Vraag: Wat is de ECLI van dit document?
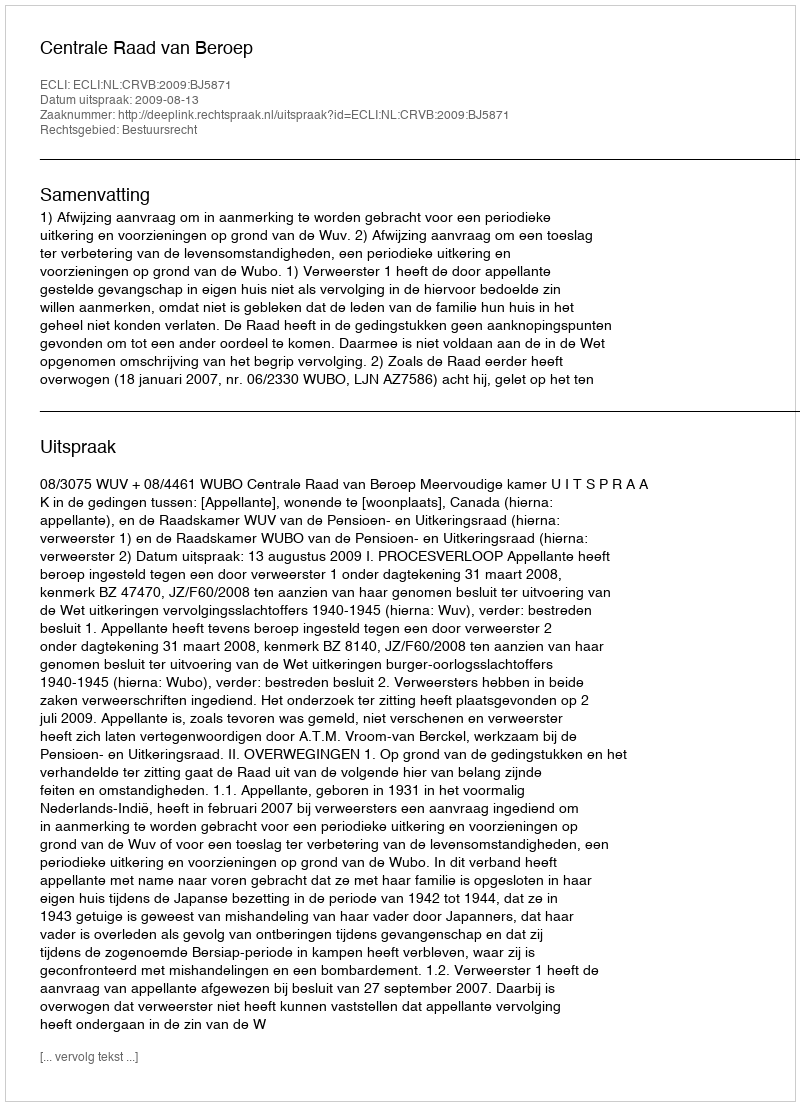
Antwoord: ECLI:NL:CRVB:2009:BJ5871